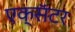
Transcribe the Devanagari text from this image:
एक्सॅटर